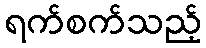
ရက်စက်သည့်